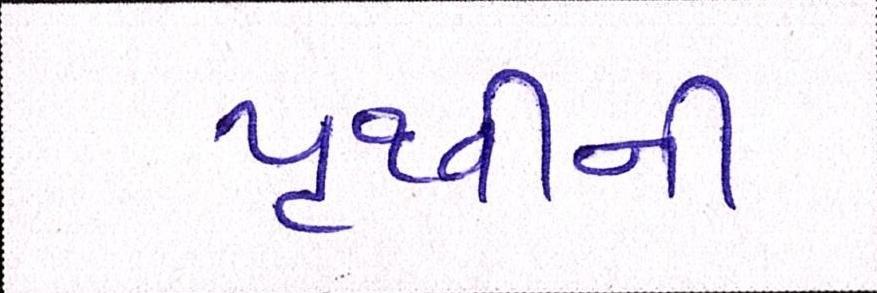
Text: પૃથ્વીની